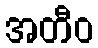
အတီဝ